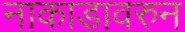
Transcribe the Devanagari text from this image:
नाकाडावरुन